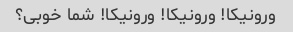
ورونیکا! ورونیکا! ورونیکا! شما خوبی؟